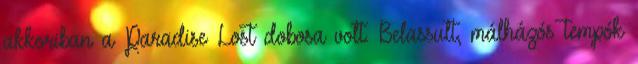
akkoriban a Paradise Lost dobosa volt. Belassult, málházós tempók